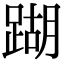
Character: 䠒